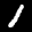
Label: 1